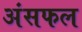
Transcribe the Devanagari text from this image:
अंसफल